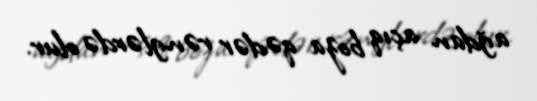
ağdan açıq boza qədər rənglərdə olur.